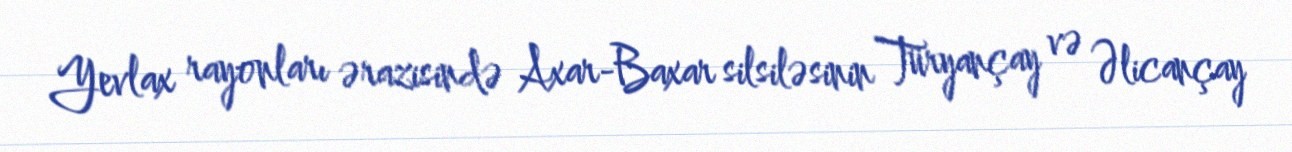
Yevlax rayonları ərazisində Axar-Baxar silsiləsinin Türyançay və Əlicançay